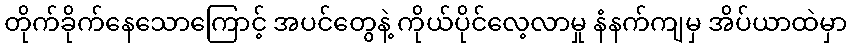
တိုက်ခိုက်နေသောကြောင့် အပင်တွေနဲ့ ကိုယ်ပိုင်လေ့လာမှု နံနက်ကျမှ အိပ်ယာထဲမှာ